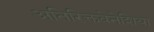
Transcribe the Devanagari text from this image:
अतिरिक्तवेनेशिया